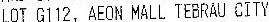
LOT G112, AEON MALL TEBRAU CITY